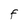
Character: F